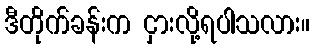
ဒီတိုက်ခန်းက ငှားလို့ရပါသလား။